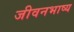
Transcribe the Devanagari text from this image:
जीवनभाष्य